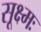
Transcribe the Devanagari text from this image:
सूक्ष्मः